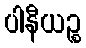
ပါနီယဉ္စ